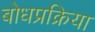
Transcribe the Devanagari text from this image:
बोधप्रक्रिया